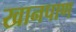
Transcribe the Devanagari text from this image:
खानपाण